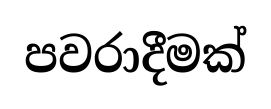
පවරාදීමක්